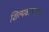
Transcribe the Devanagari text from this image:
शिल्पकाराकडून